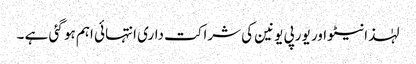
لہٰذا نیٹو اور یورپی یونین کی شراکت داری انتہائی اہم ہو گئی ہے ۔